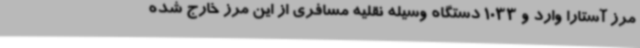
مرز آستارا وارد و 1033 دستگاه وسیله نقلیه مسافری از این مرز خارج شده